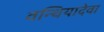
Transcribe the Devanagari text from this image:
वन्थियादेवा